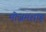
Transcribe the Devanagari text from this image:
मोजमशाह